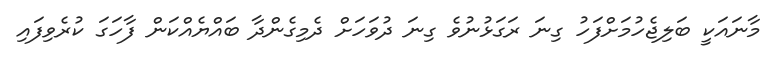
މާނައަކީ ބަލިޖެހުމަށްފަހު ގިނަ ރަގަޅުނުވެ ގިނަ ދުވަހަށް ދެމިގެންދާ ބައްޔެއްކަން ފާހަގަ ކުރެވިފައި